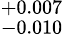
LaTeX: ^{+0.007}_{-0.010}